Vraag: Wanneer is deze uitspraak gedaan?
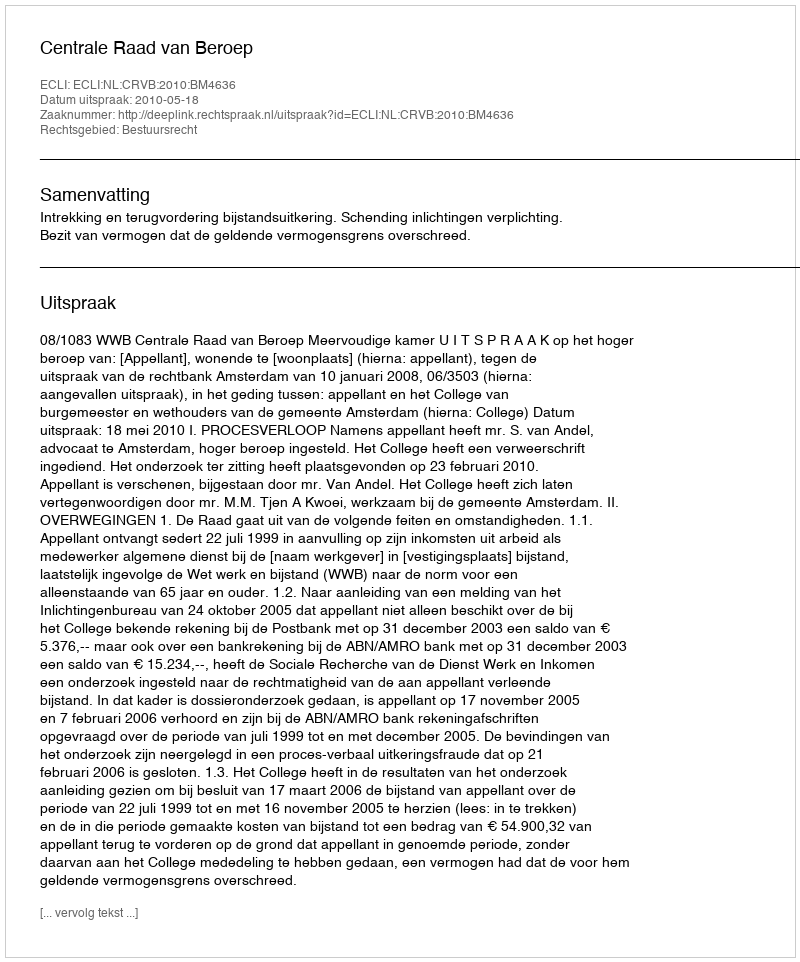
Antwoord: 2010-05-18